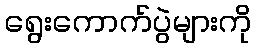
ရွေးကောက်ပွဲများကို